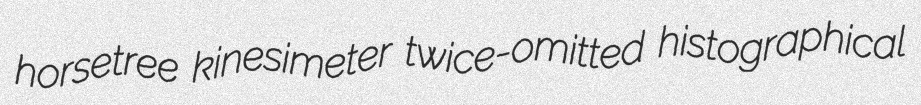
horsetree kinesimeter twice-omitted histographical